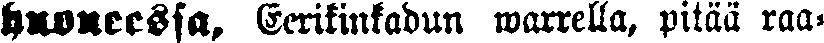
huoneessa, Eerikinkadun warrella, pitää raa-